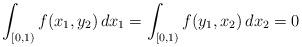
LaTeX: \begin{align*} \int_{[0,1)}f(x_1,y_2)\,dx_1=\int_{[0,1)}f(y_1,x_2)\,dx_2=0\end{align*}